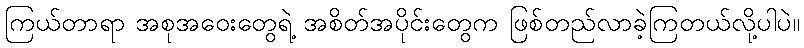
ကြယ်တာရာ အစုအဝေးတွေရဲ့ အစိတ်အပိုင်းတွေက ဖြစ်တည်လာခဲ့ကြတယ်လို့ပါပဲ။